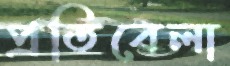
প্রতিবেলা